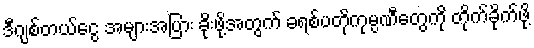
ဒီဂျစ်တယ်ငွေ အများအပြား ခိုးဖို့အတွက် ခရစ်ပတိုကုမ္ပဏီတွေကို တိုက်ခိုက်ဖို့